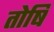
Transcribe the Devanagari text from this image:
तोषि